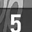
Digit: 5